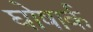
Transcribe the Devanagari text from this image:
घोषार्क